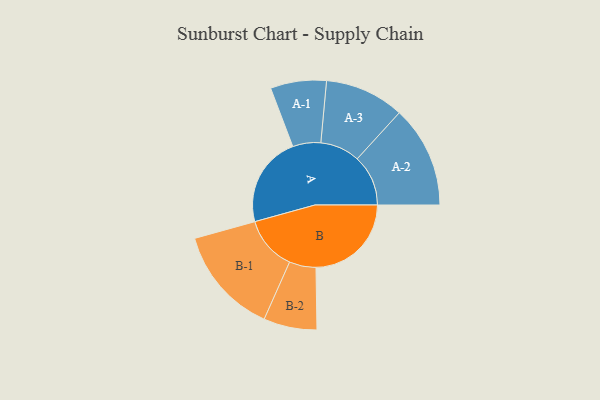
{"axis": {"x": "Segment", "y": "Value"}, "legend": ["", "A", "B"], "data": [{"x": "A", "y": 347, "type": ""}, {"x": "B", "y": 365, "type": ""}, {"x": "A-1", "y": 107, "type": "A"}, {"x": "A-2", "y": 195, "type": "A"}, {"x": "A-3", "y": 152, "type": "A"}, {"x": "B-1", "y": 207, "type": "B"}, {"x": "B-2", "y": 102, "type": "B"}]}